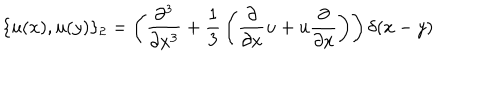
LaTeX: \{ u ( x ) , u ( y ) \} _ { 2 } = \left( { \frac { \partial ^ { 3 } } { \partial x ^ { 3 } } } + { \frac { 1 } { 3 } } \left( { \frac { \partial } { \partial x } } u + u { \frac { \partial } { \partial x } } \right) \right) \delta ( x - y )